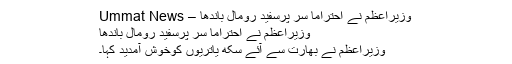
وزیراعظم نے احتراماً سر پرسفید رومال باندھا – Ummat News
وزیراعظم نے احتراماً سر پرسفید رومال باندھا
وزیراعظم نے بھارت سے آئے سکھ یاتریوں کوخوش آمدید کہا۔